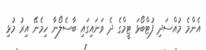
އެންމެ މުއްސަދި ފުޓްބޯޅަ ޓީމްގެ ދެ ވަނައިގައި ބާސެލޯނާ ހިމެނޭ އިރު މުޅި